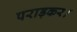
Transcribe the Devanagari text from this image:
पराड़कर।